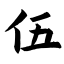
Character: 伍